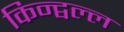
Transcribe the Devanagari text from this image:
किन्द्वल्ल